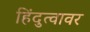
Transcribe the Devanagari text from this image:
हिंदुत्वावर